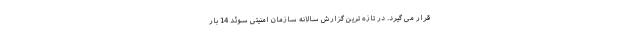
قرار می گیرد. در تازه ترین گزارش سالانه سازمان امنیتی سوئد 14 بار